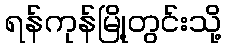
ရန်ကုန်မြို့တွင်းသို့